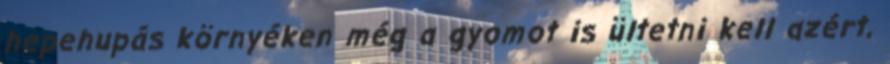
hepehupás környéken még a gyomot is ültetni kell azért,